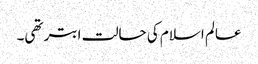
عالم اسلام کی حالت ابتر تھی۔